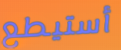
أستيطع